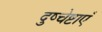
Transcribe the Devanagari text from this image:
दुष्चेष्टाएँ